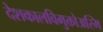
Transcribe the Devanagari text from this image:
देशकालविमुक्तोअस्मि